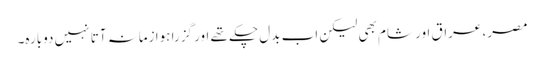
مصر، عراق اور شام بھی لیکن اب بدل چکے تھے اور گزرا ہوا زمانہ آتا نہیں دوبارہ۔